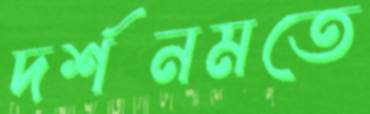
দর্শনমতে